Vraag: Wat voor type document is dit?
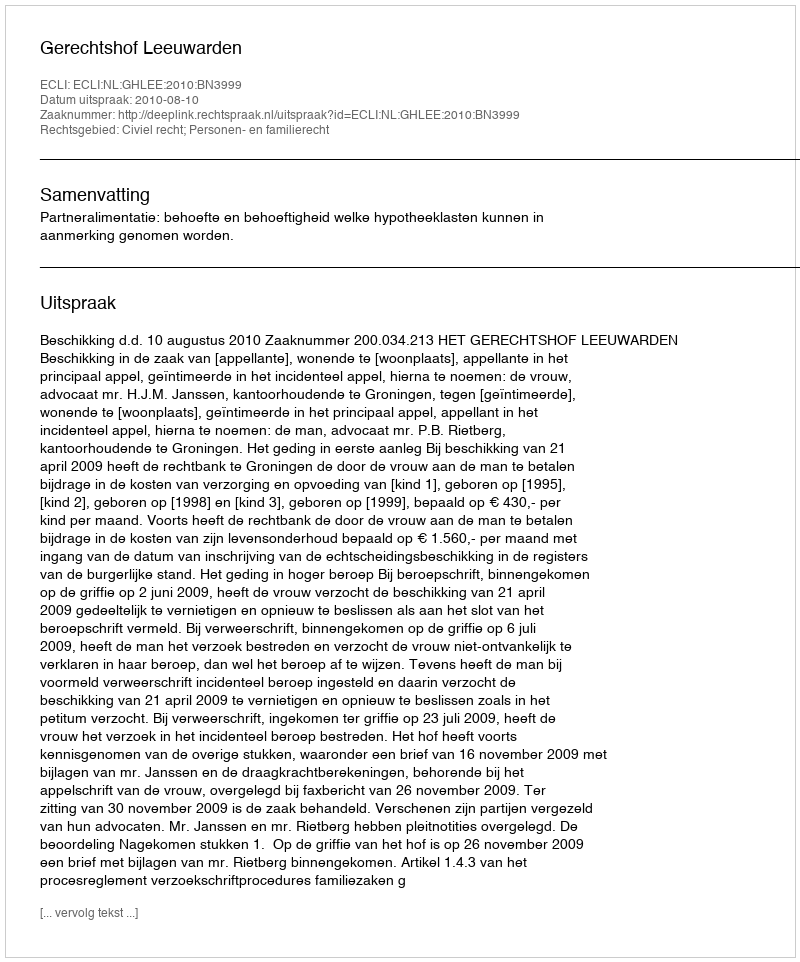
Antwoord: Uitspraak